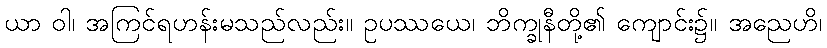
ယာ ဝါ၊ အကြင်ရဟန်းမသည်လည်း။ ဥပဿယေ၊ ဘိက္ခုနီတို့၏ ကျောင်း၌။ အညေဟိ၊